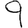
Digit: 9